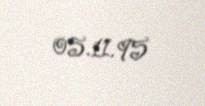
05.11.95